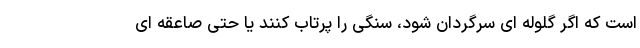
است که اگر گلوله ای سرگردان شود، سنگی را پرتاب کنند یا حتی صاعقه ای